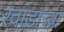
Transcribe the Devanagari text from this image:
रवांडाच्या